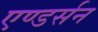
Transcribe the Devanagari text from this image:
एण्डर्सन